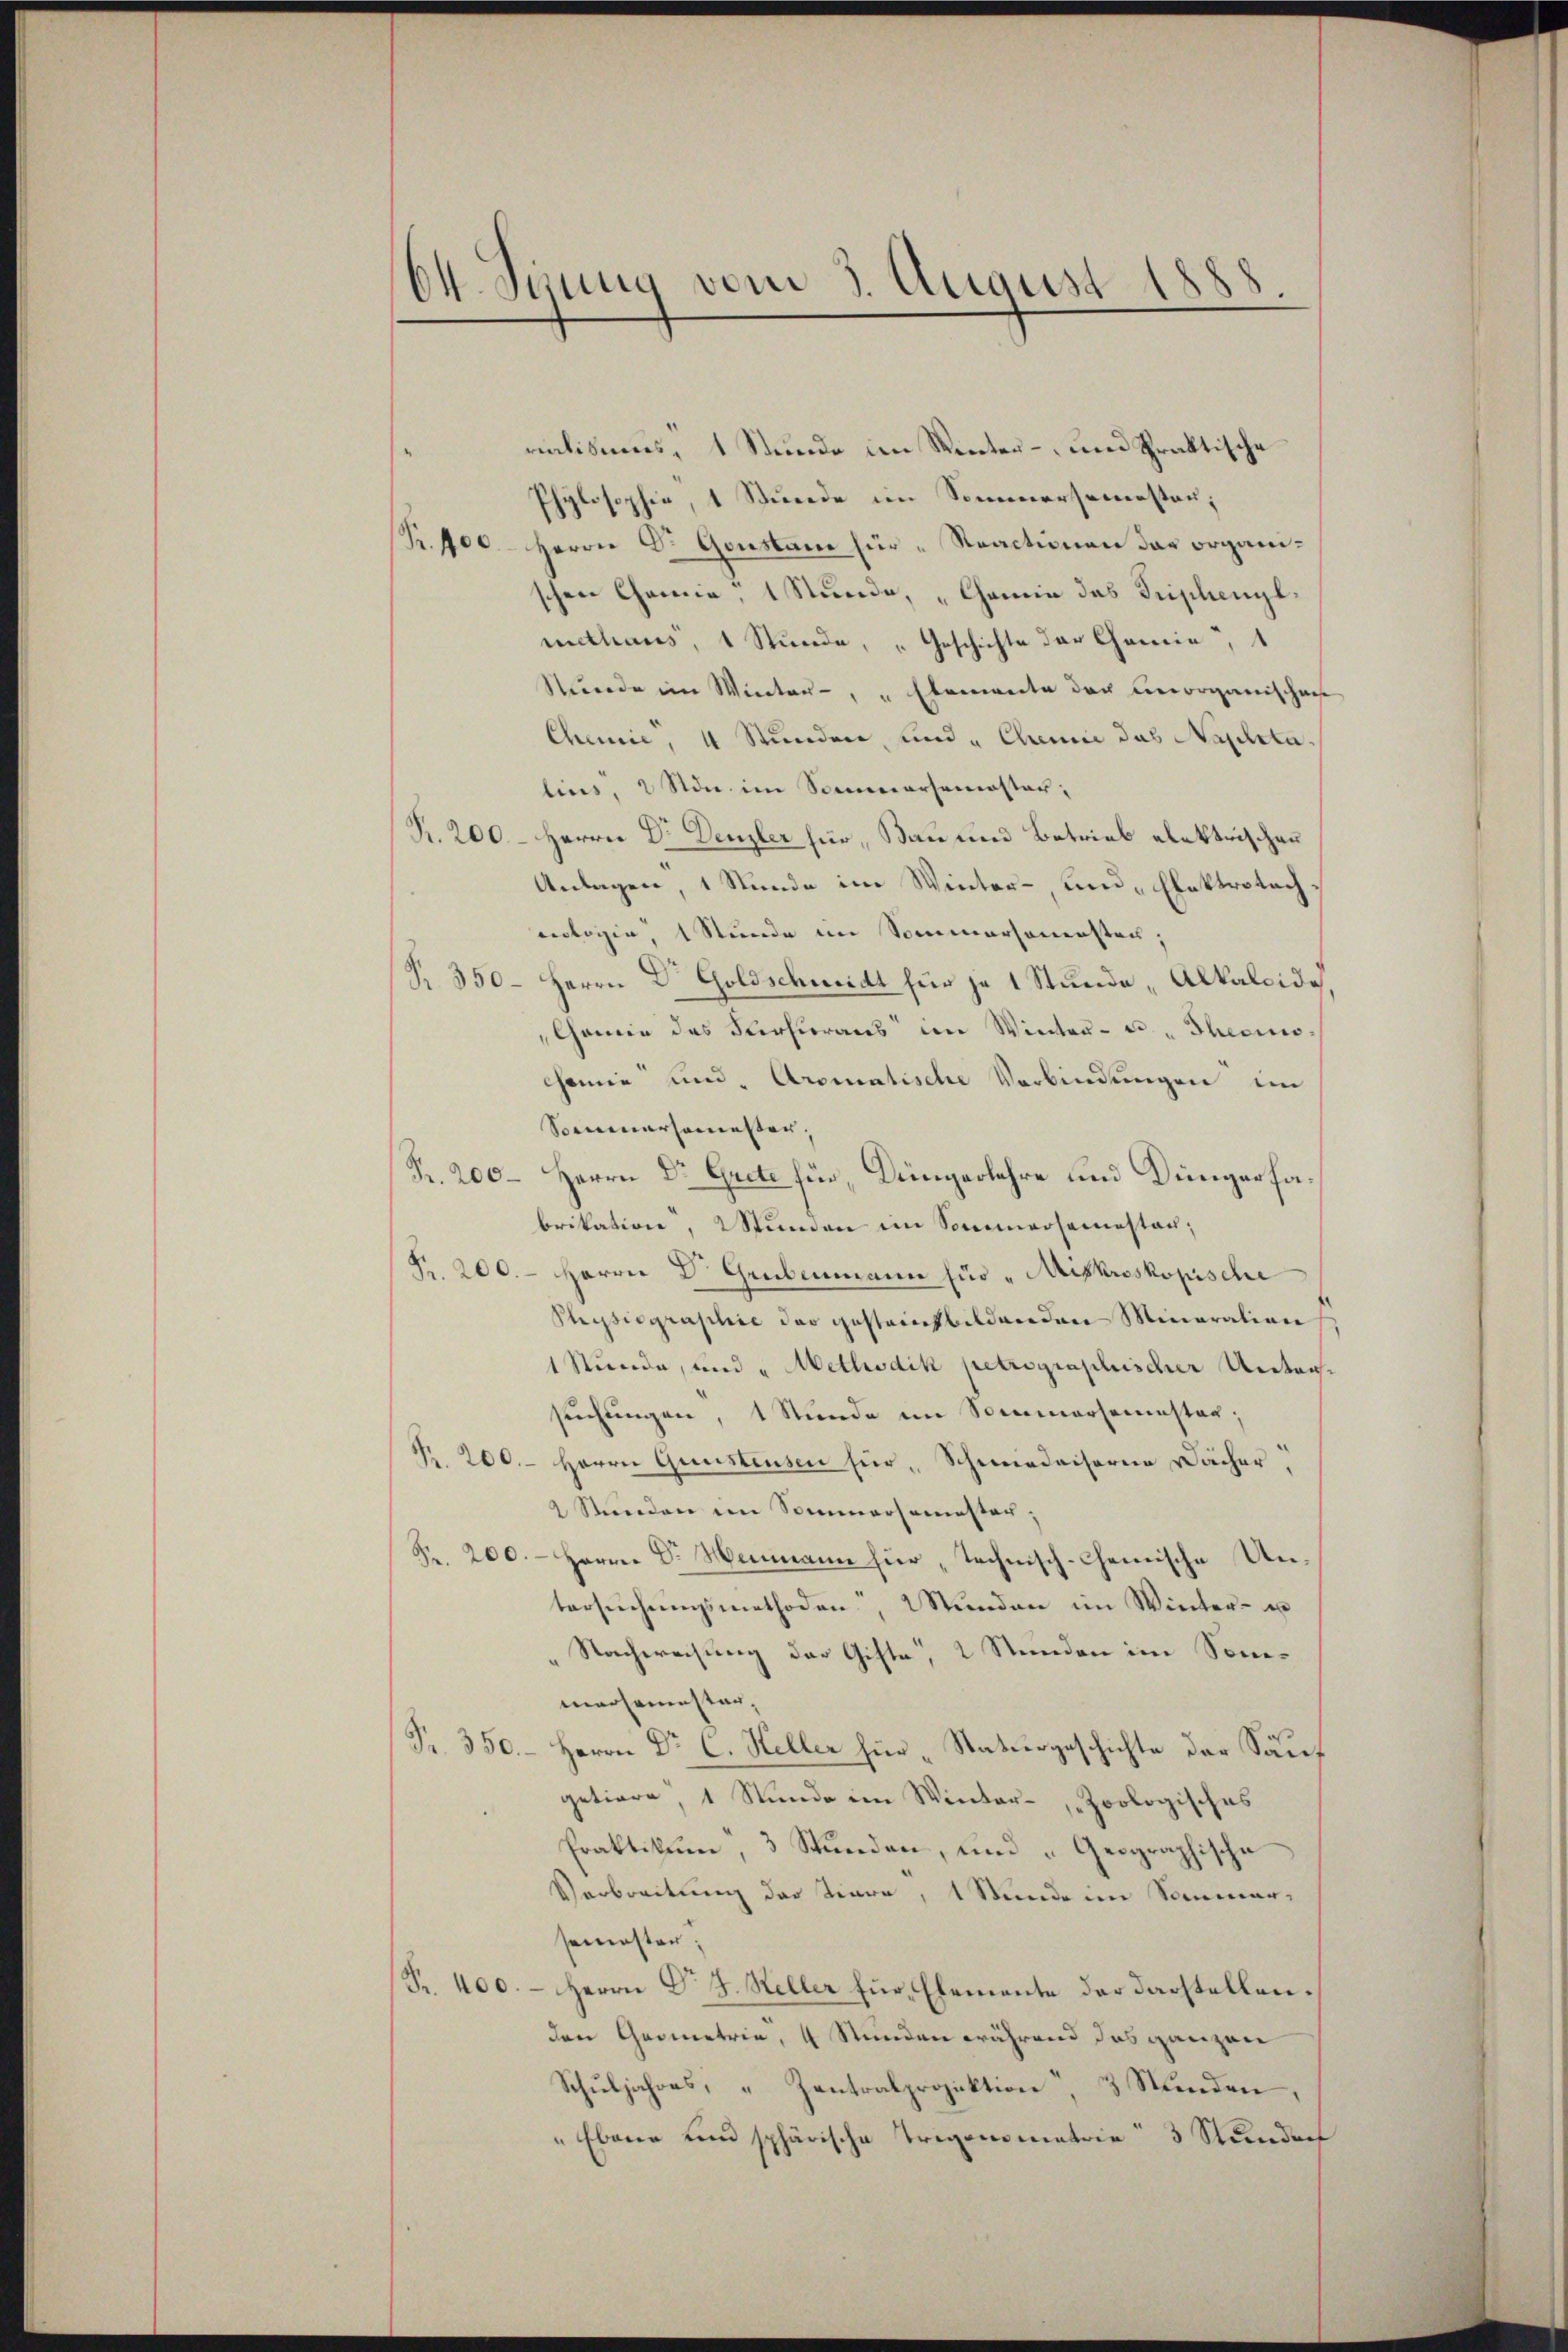
¬
8
dt. Janug vom 3. August

ralismus, 1 Stunde im Winter- und Praktische
Phylosophie 1 Stunde im Sommersemesten;
R. 100. Herrn Dr. Gonstane für "Reactionen das organischen Chemie, 1 Stunde, „Chamie das Triphengl.
mithaus, 1 Stunde, „Geschichte der Chemie, 1
Nuerde im Winter- u Elemente doch unorganischen
Chemie, 4 Stunden, und " Chemie das Nachtu
lins, 2 Non im Sommersemester;
R. 200 - Herrn Dr. Denzler für, Bau und Betrieb elektrischen
Anlagen, 1 Stunde im Winter- und „Elektrotacheologie, 1 Stunde im Sommersonensten,
R. 350. Herrn Dr Goldschmidt für je 1 Stunde Alkalcide
Chemie des Verhieraus im Winter-Theciochemie und Aromatische Verbindungen ein
Sommersamester,
Fr. 200– Herrn Dr. Grete für Düngerlehre und Düngerfabrikation, Stunden im Sonnersemesten;
Pr. 200. Herrn Dr. Grubenmann für "Miskroskopische
Physiographie der gesteinbildenden Minaration
1 Stunde, und „Methodik petrographischer Untersuchungen, 1 Stunde im Sommersemester;
R. 200. Herrn Questensen für „Schmiederserne Dächer
2 Stunden im Sommersemester;
Fr. 200. Herrn Dr. Heimann für technisch-Chemische Un-
tersŭchŭngsmethoden, Wunden im Winter- u
Nachweisung der Gitte, 2 Stunden im Sommachemester,
Fr. 350. – Herrn Dr. C. Heller hier „Staturgeschichte der Säuf
getiere, 1 Stunde im Winter- Zoologisches
Fraktikum, 3 Stunden, und "Geographische
Verbreitung das Tiere, 1 Stunde im Sommersemester:
Fr. 400. – Herrn Dr. J. Heller für Elemente der Darstellenden Geometrie, 4 Stunden während das ganzen
Schŭljahres, " Zentralprojektion, 3 Stunden,
" Ebene und sphärische Trigonometrie 3 Stunden